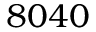
8 0 4 0